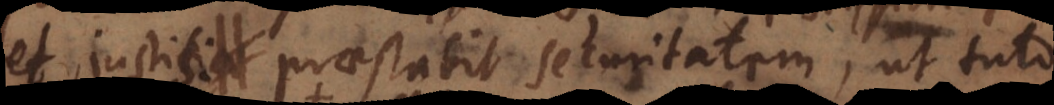
et justis praestabit securitatem, ut tuto